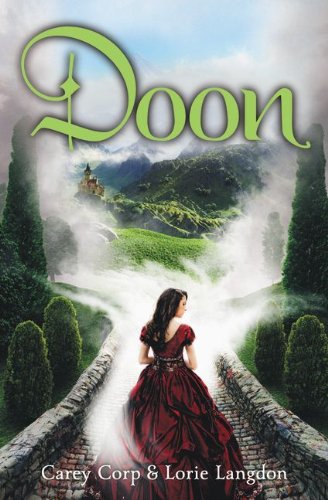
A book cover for Doon (A Doon Novel); Carey Corp; Teen & Young Adult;